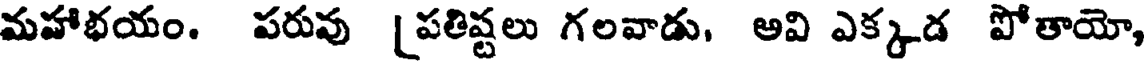
మహాభయం. పరువు [పతిష్టలు గలవాడు, అవి ఎక్కడ పోతాయో,